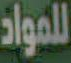
للمواد